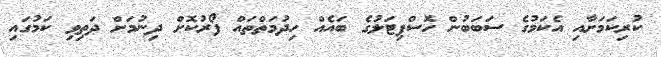
ކުރިކަމަށާއި އެކަމުގެ ސަބަބުން ހޮސްޕިޓަލުގެ ބައެއް ހިދުމަތްތައް ފޯރުކޮށް ދިނުމަށް ދަތިވި ކަމުގައި